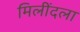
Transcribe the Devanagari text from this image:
मिलींदला